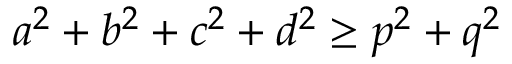
a ^ { 2 } + b ^ { 2 } + c ^ { 2 } + d ^ { 2 } \geq p ^ { 2 } + q ^ { 2 }